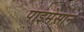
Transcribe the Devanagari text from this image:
पाइमेसान